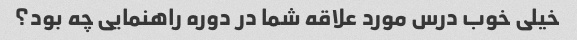
خیلی خوب درس مورد علاقه شما در دوره راهنمایی چه بود؟